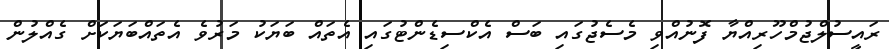
ރައީސުލްޖުމްހޫރިއްޔާ ފޮނުއްވި މެސެޖުގައި ބަސް އެކްސިޑެންޓުގައި އެތައް ބަޔަކު މަރުވެ އެތައްބަޔަކަށް ގެއްލުން